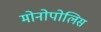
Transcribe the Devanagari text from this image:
मोनोपोलिस